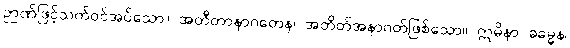
ဉာဏ်ဖြင့်သက်ဝင်အပ်သော။ အတီတာနာဂတေန၊ အတိတ်အနာဂတ်ဖြစ်သော။ ဣမိနာ ဓမ္မေန၊